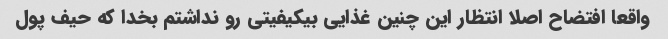
واقعا افتضاح اصلا انتظار این چنین غذایی بیکیفیتی رو نداشتم بخدا که حیف پول